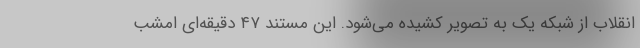
انقلاب از شبکه یک به تصویر کشیده می‌شود. این مستند ۴۷ دقیقه‌ای امشب